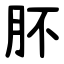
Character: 肧